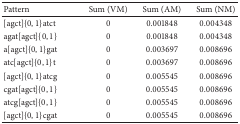
<table><thead><tr><td><b>Pattern</b></td><td><b>Sum (VM)</b></td><td><b>Sum (AM)</b></td><td><b>Sum (NM)</b></td></tr></thead><tbody><tr><td>[agct]{0,1}atct</td><td>0</td><td>0.001848</td><td>0.004348</td></tr><tr><td>agat[agct]{0,1}</td><td>0</td><td>0.001848</td><td>0.004348</td></tr><tr><td>a[agct]{0,1}gat</td><td>0</td><td>0.003697</td><td>0.008696</td></tr><tr><td>atc[agct]{0,1}t</td><td>0</td><td>0.003697</td><td>0.008696</td></tr><tr><td>[agct]{0,1}atcg</td><td>0</td><td>0.005545</td><td>0.008696</td></tr><tr><td>cgat[agct]{0,1}</td><td>0</td><td>0.005545</td><td>0.008696</td></tr><tr><td>atcg[agct]{0,1}</td><td>0</td><td>0.005545</td><td>0.008696</td></tr><tr><td>[agct]{0,1}cgat</td><td>0</td><td>0.005545</td><td>0.008696</td></tr></tbody></table>